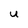
Character: u